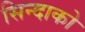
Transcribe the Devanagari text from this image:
सिन्दाको